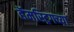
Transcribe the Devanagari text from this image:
हॅमस्ट्रिगच्या